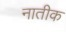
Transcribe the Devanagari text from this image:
नातीक